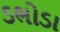
ડભોડા